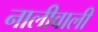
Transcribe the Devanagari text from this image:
नालीवाली